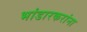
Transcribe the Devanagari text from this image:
भांडारकरांना